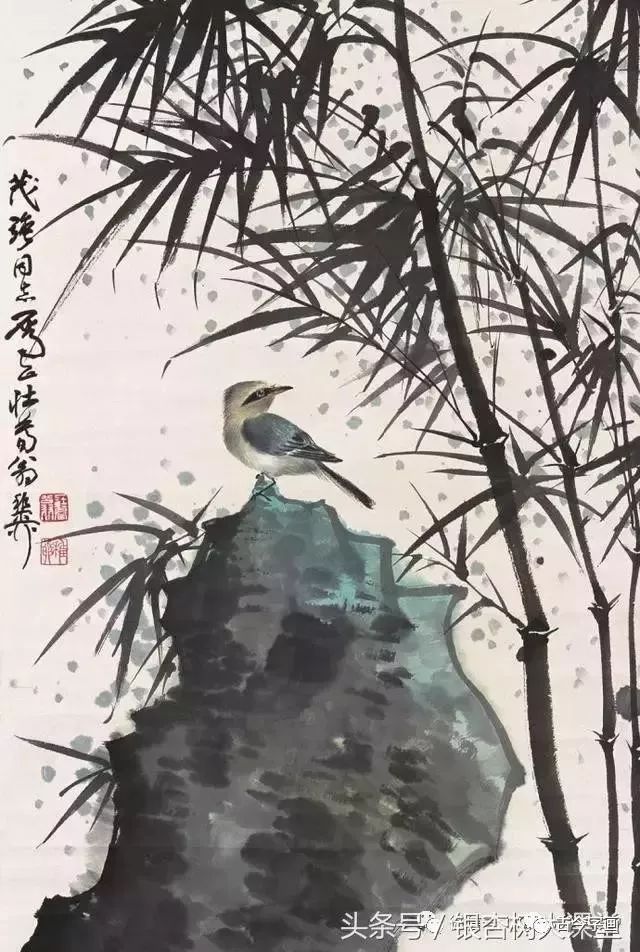
草长莺飞二月天，拂堤杨柳醉春烟。